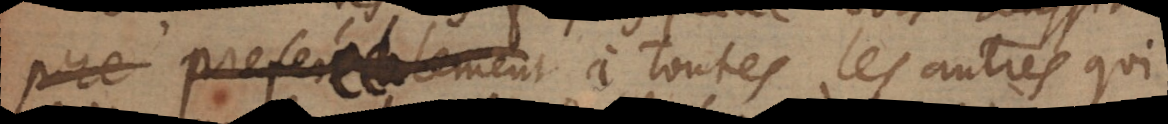
preferablement à toutes les autres qui